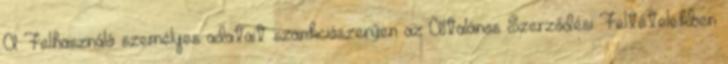
A Felhasználó személyes adatait szankciószerűen az Általános Szerződési Feltételekben